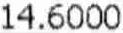
14.6000